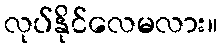
လုပ်နိုင်လေမလား။